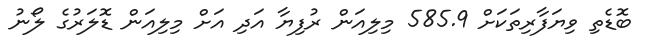
ބޮޑެތި ވިޔަފާރިތަކަށް 585.9 މިލިއަން ރުފިޔާ އަދި އަށް މިލިއަން ޑޮލަރުގެ ލޯނު